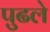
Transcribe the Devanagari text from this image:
पुढले